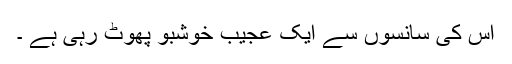
اس کی سانسوں سے ایک عجیب خوشبو پھوٹ رہی ہے ۔